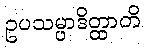
ဥပသမ္ပာဒိတ္ထာတိ